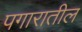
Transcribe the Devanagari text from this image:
पगारातील